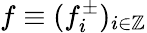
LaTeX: f\equiv(f_{i}^{\pm})_{i\in\mathbb{Z}}